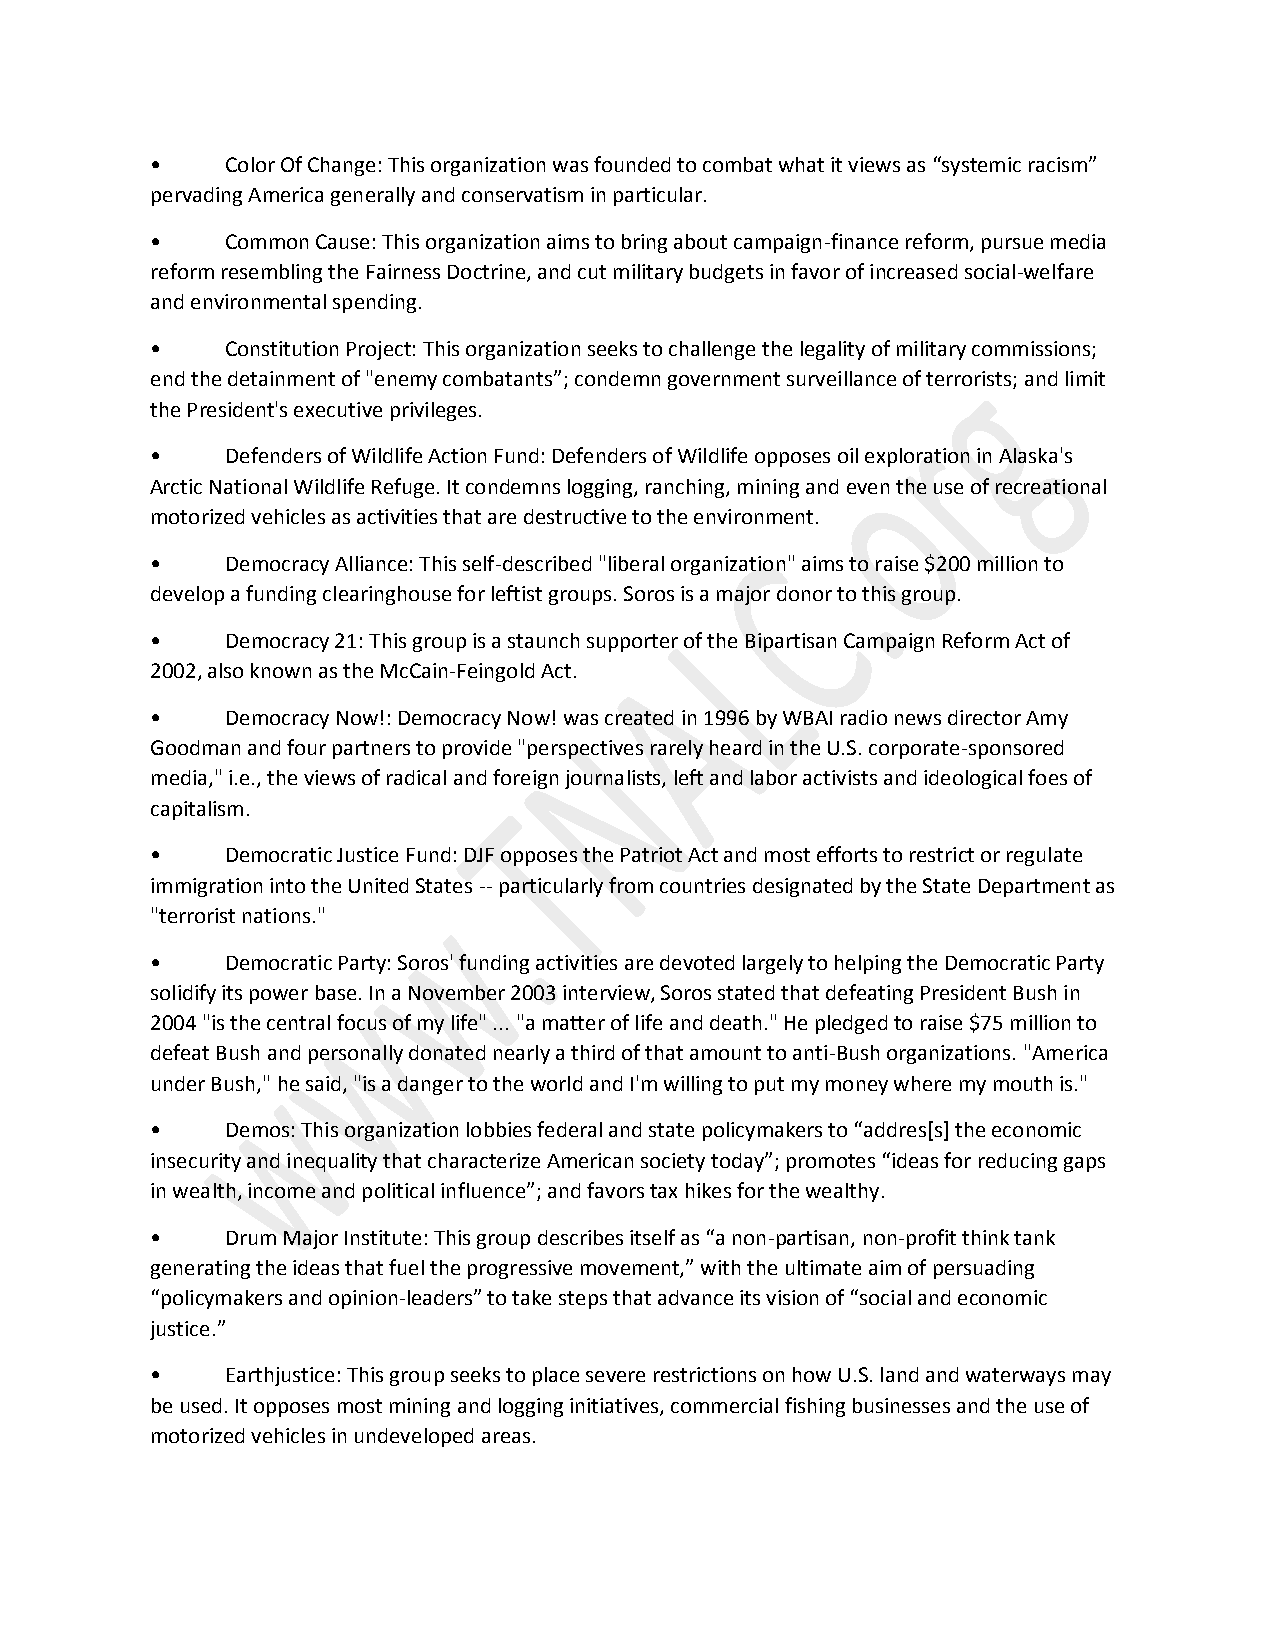
•    Color Of Change: This organization was founded to combat what it views as “systemic racism”
 pervading America generally and conservatism in particular.
 •    Common Cause: This organization aims to bring about campaign-finance reform, pursue media
 reform resembling the Fairness Doctrine, and cut military budgets in favor of increased social-welfare
 and environmental spending.
 •    Constitution Project: This organization seeks to challenge the legality of military commissions;
 end the detainment of "enemy combatants”; condemn government surveillance of terrorists; and limit
 the President's executive privileges.
 •    Defenders of Wildlife Action Fund: Defenders of Wildlife opposes oil exploration in Alaska's
 Arctic National Wildlife Refuge. It condemns logging, ranching, mining and even the use of recreational
 motorized vehicles as activities that are destructive to the environment.
 •    Democracy Alliance: This self-described "liberal organization" aims to raise $200 million to
 develop a funding clearinghouse for leftist groups. Soros is a major donor to this group.
 •    Democracy 21: This group is a staunch supporter of the Bipartisan Campaign Reform Act of
 2002, also known as the McCain-Feingold Act.
 •    Democracy Now!: Democracy Now! was created in 1996 by WBAI radio news director Amy
 Goodman and four partners to provide "perspectives rarely heard in the U.S. corporate-sponsored
 media," i.e., the views of radical and foreign journalists, left and labor activists and ideological foes of
 capitalism.
 •    Democratic Justice Fund: DJF opposes the Patriot Act and most efforts to restrict or regulate
 immigration into the United States -- particularly from countries designated by the State Department as
 "terrorist nations."
 •    Democratic Party: Soros' funding activities are devoted largely to helping the Democratic Party
 solidify its power base. In a November 2003 interview, Soros stated that defeating President Bush in
 2004 "is the central focus of my life" ... "a matter of life and death." He pledged to raise $75 million to
 defeat Bush and personally donated nearly a third of that amount to anti-Bush organizations. "America
 under Bush," he said, "is a danger to the world and I'm willing to put my money where my mouth is."
 •    Demos: This organization lobbies federal and state policymakers to “addres[s] the economic
 insecurity and inequality that characterize American society today”; promotes “ideas for reducing gaps
 in wealth, income and political influence”; and favors tax hikes for the wealthy.
 •    Drum Major Institute: This group describes itself as “a non-partisan, non-profit think tank
 generating the ideas that fuel the progressive movement,” with the ultimate aim of persuading
 “policymakers and opinion-leaders” to take steps that advance its vision of “social and economic
 justice.”
 •    Earthjustice: This group seeks to place severe restrictions on how U.S. land and waterways may
 be used. It opposes most mining and logging initiatives, commercial fishing businesses and the use of
 motorized vehicles in undeveloped areas.